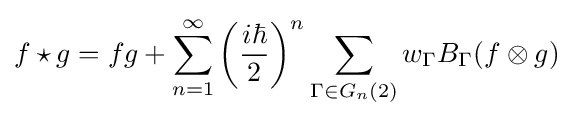
f\star g=fg+\sum _{n=1}^{\infty }\left({\frac {i\hbar }{2}}\right)^{n}\sum _{\Gamma \in G_{n}(2)}w_{\Gamma }B_{\Gamma }(f\otimes g)